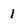
Character: 1